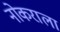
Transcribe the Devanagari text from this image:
नोकराला